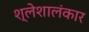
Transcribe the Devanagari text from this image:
श्लेशालंकार